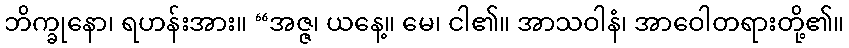
ဘိက္ခုနော၊ ရဟန်းအား။ “အဇ္ဇ၊ ယနေ့။ မေ၊ ငါ၏။ အာသဝါနံ၊ အာဝေါတရားတို့၏။